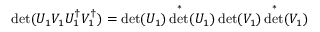
\operatorname* { d e t } ( U _ { 1 } V _ { 1 } U _ { 1 } ^ { \dagger } V _ { 1 } ^ { \dagger } ) = \operatorname* { d e t } ( U _ { 1 } ) \operatorname* { d e t } ^ { * } ( U _ { 1 } ) \operatorname* { d e t } ( V _ { 1 } ) \operatorname* { d e t } ^ { * } ( V _ { 1 } )